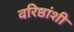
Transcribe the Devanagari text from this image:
वरिष्ठांशी